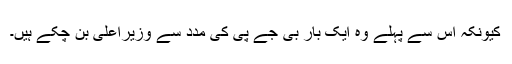
کیونکہ اس سے پہلے وہ ایک بار بی جے پی کی مدد سے وزیراعلیٰ بن چکے ہیں۔